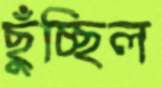
ছুঁচ্ছিল